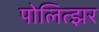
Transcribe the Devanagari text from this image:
पोलित्झर